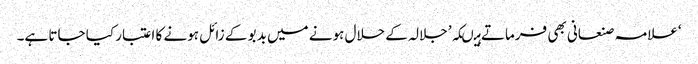
‘علامہ صنعانی بھی فرماتے ہیںکہ’ جلالہ کے حلال ہونے میں بدبو کے زائل ہونے کا اعتبار کیا جاتا ہے۔